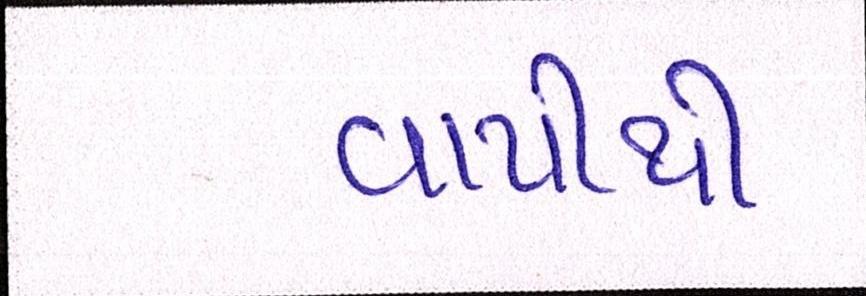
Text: વાપીથી